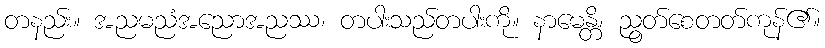
တနည်း။ အညမညံအညောအညဿ၊ တပါးသည်တပါးကို။ နာမေန္တိ၊ ညွတ်စေတတ်ကုန်၏။